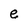
Character: e